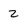
Character: 2